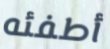
أطفئه